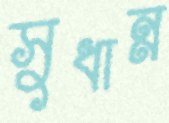
সুধান্ন